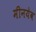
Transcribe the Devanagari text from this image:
मीनयेव